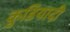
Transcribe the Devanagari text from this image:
कुडियादी